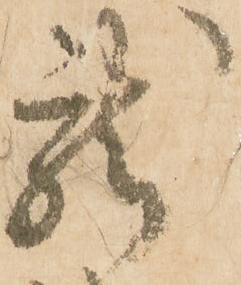
龍